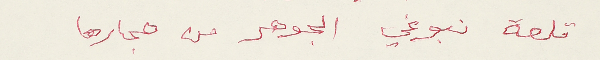
قلعة نبوغي الجوهر من حجارها